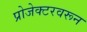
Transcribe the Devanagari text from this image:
प्रोजेक्टरवरून